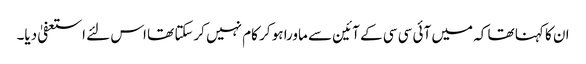
ان کا کہنا تھا کہ میں آئی سی سی کے آئین سے ماورا ہو کر کام نہیں کرسکتا تھا اس لئے استعفیٰ دیا۔